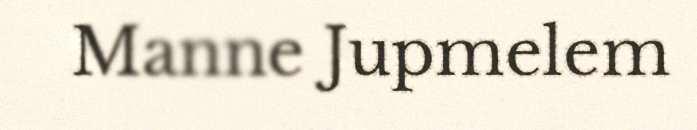
Manne Jupmelem